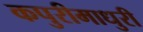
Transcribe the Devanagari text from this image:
कपुरीमाधुरी